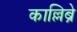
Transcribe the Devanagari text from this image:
काल्लिब्रे